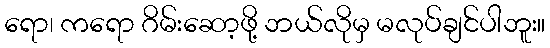
ရော၊ ကရော ဂိမ်းဆော့ဖို့ ဘယ်လိုမှ မလုပ်ချင်ပါဘူး။